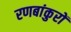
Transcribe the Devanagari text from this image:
रणबांकुरों